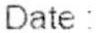
DATE :